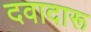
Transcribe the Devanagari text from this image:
दवादारू